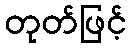
တုတ်ဖြင့်